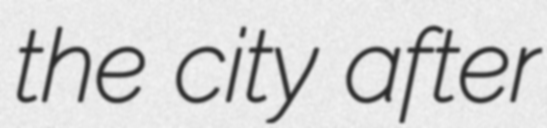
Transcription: the city after